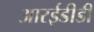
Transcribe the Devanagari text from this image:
आरईडीडी